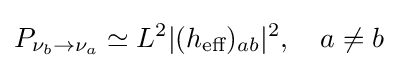
P_{\nu _{b}\rightarrow \nu _{a}}\simeq L^{2}|(h_{\text{eff}})_{ab}|^{2},\quad a\neq b